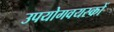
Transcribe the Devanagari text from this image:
उपयोगवयस्कों